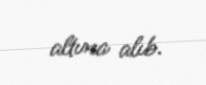
altına alıb.